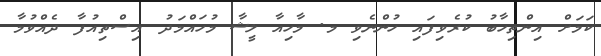
ކަމަށް އިންތިހާބު ކުރެވިފައި ހުންނެވި މ. މާހިއާ ލީޝާ މުހައްމަދު އިސްތިއުފާ ދެއްވުމާ